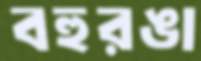
বহুরঙা